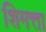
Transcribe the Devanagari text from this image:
शिमत्ता